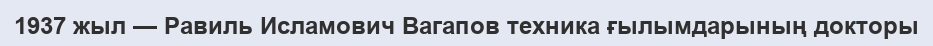
1937 жыл — Равиль Исламович Вагапов техника ғылымдарының докторы